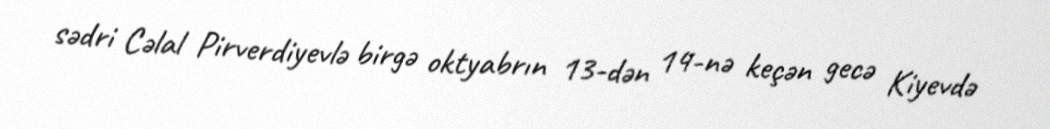
sədri Cəlal Pirverdiyevlə birgə oktyabrın 13-dən 14-nə keçən gecə Kiyevdə